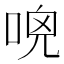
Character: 𠴺